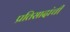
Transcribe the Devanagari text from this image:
प्रतिसादांची